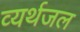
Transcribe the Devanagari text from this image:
व्यर्थजल